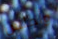
وأجلس